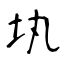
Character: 𡉕